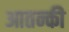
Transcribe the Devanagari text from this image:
आतन्की